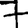
Digit: 7